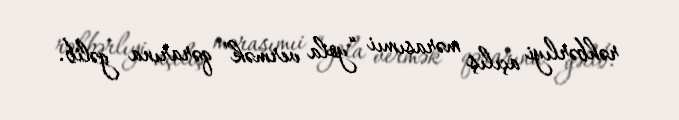
rəhbərlıyi açılış mərasımıi “yola vermək” qərarına gəlib.